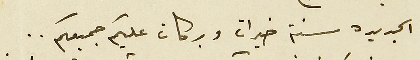
الجديدة سنة خيرات وبركات عليكم جميعكم..